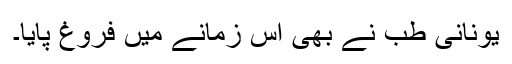
یونانی طب نے بھی اس زمانے میں فروغ پایا۔